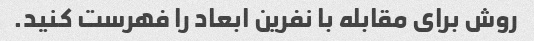
روش برای مقابله با نفرین ابعاد را فهرست کنید.